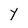
Character: Y